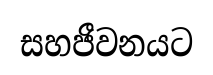
සහජීවනයට